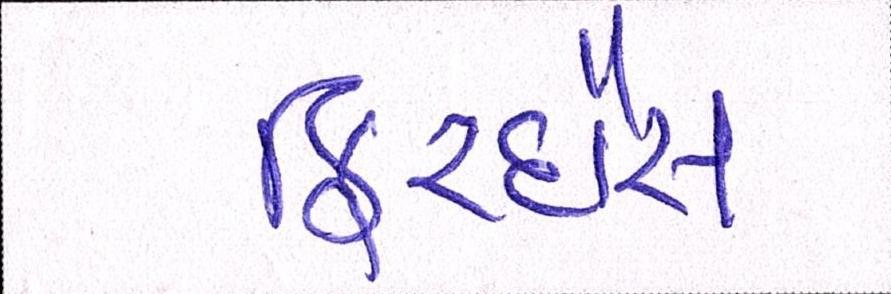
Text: ફિરદૌસ